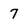
Character: 7